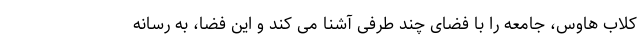
کلاب هاوس، جامعه را با فضای چند طرفی آشنا می کند و این فضا، به رسانه